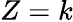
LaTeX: Z=k